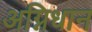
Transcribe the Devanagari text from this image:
अग्निधान